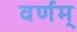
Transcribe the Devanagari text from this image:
वर्णम्